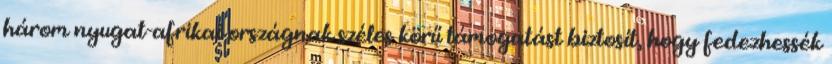
három nyugat-afrikai országnak széles körű támogatást biztosít, hogy fedezhessék